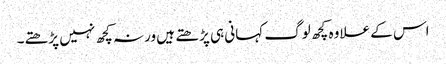
اس کے علاوہ کچھ لوگ کہانی ہی پڑھتے ہیں ورنہ کچھ نہیں پڑھتے۔